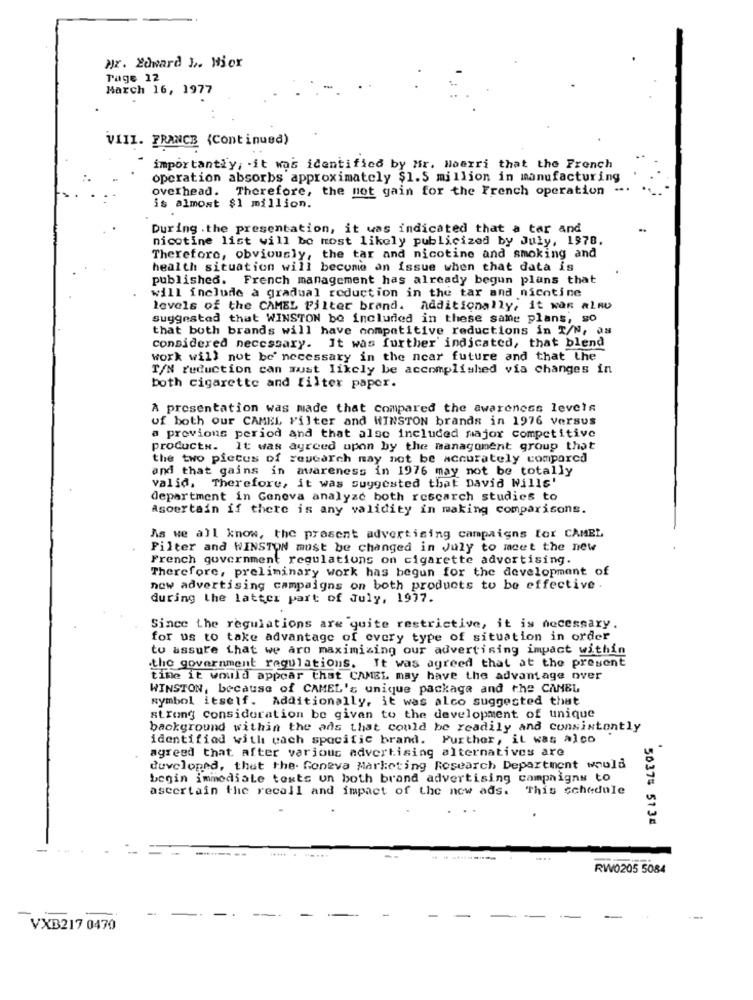
Nr. Edward L. Hier
Tage 12
March 16, 1977
VIII. FRANCE (Continued)
" importantly, - it was identified by Mr. Moerri that the French
operation absorbs approximately $1.5 million in manufacturing
overhead. Therefore, the not gain for the French operation ..
is almost $1 million.
During the presentation, it was indicated that a tar and
nicotine list will be most likely publicized by July, 1978.
Therefore, obviously, the tar and nicotine and smoking and
health situation will become an issue when that data is
published. French management has already begun plans that
will include a gradual reduction in the tar and nicotine
levels of the CAMEL Filter brand. additionally, it was alno
Suggested that WINSTON be included in these same plans, so
that both brands will have competitive reductions in T/N, as
considered necessary. It was further indicated, that blend
work will not be necessary in the near future and that the
T/N reduction can must likely be accomplished via changes in
both cigarette and filter paper.
A presentation was made that compared the awareness levels
of both our CAMEL Filter and WINSTON brands in 1976 versus
a previons period and that also included major competitive
products. It was agreed upon by the management group that
the two pictus of rescarch may not be accurately compared
and that gains in awareness in 1976 may not be totally
valid, Therefore, it was suggested that David Wills'
department in Geneva analyze both rescarch studies to
ascertain if there is any validity in making comparisons.
As we all know, the present advertising campaigns for CAMEL
Filter and WINSTON most be changed in July to meet the new
French government regulations on cigarette advertising.
Therefore, preliminary work has begun for the development of
now advertising campaigns on both products to be effective .
during the latter part of July, 1977.
Since the regulations are quite restrictive, it is necessary.
for us to take advantage of every type of situation in order
to assure that we are maximizing our advertising impact within
the government regulations. It was agreed that at the present
time it would appear that CAMEL may have the advantage over
WINSTON, because of CAMEL's unique package and the CANBL
symbol itself. Additionally, it was alco suggested that
strong consideration be given to the development of unique
background within the ads that could be readily and consistently
identified with cach specific brand. Further, it was alco
agreed that after various advertising alternatives are
developed, that the Goneva Marketing Research Department would
begin immediate texts un both brand advertising campaigns to
ascertain the recall and impact of the now ads.
This schedule
50375 5134
....
RW0205 5084
VXB217 0470